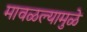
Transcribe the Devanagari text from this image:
मावळल्यामुळे